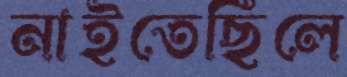
নাইতেছিলে